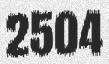
2504